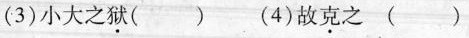
(3)小大之狱( ) (4)故克之( )